65_HS1-834228961_62-HQ-83894_Section_5
Agency: FBI
Page 146
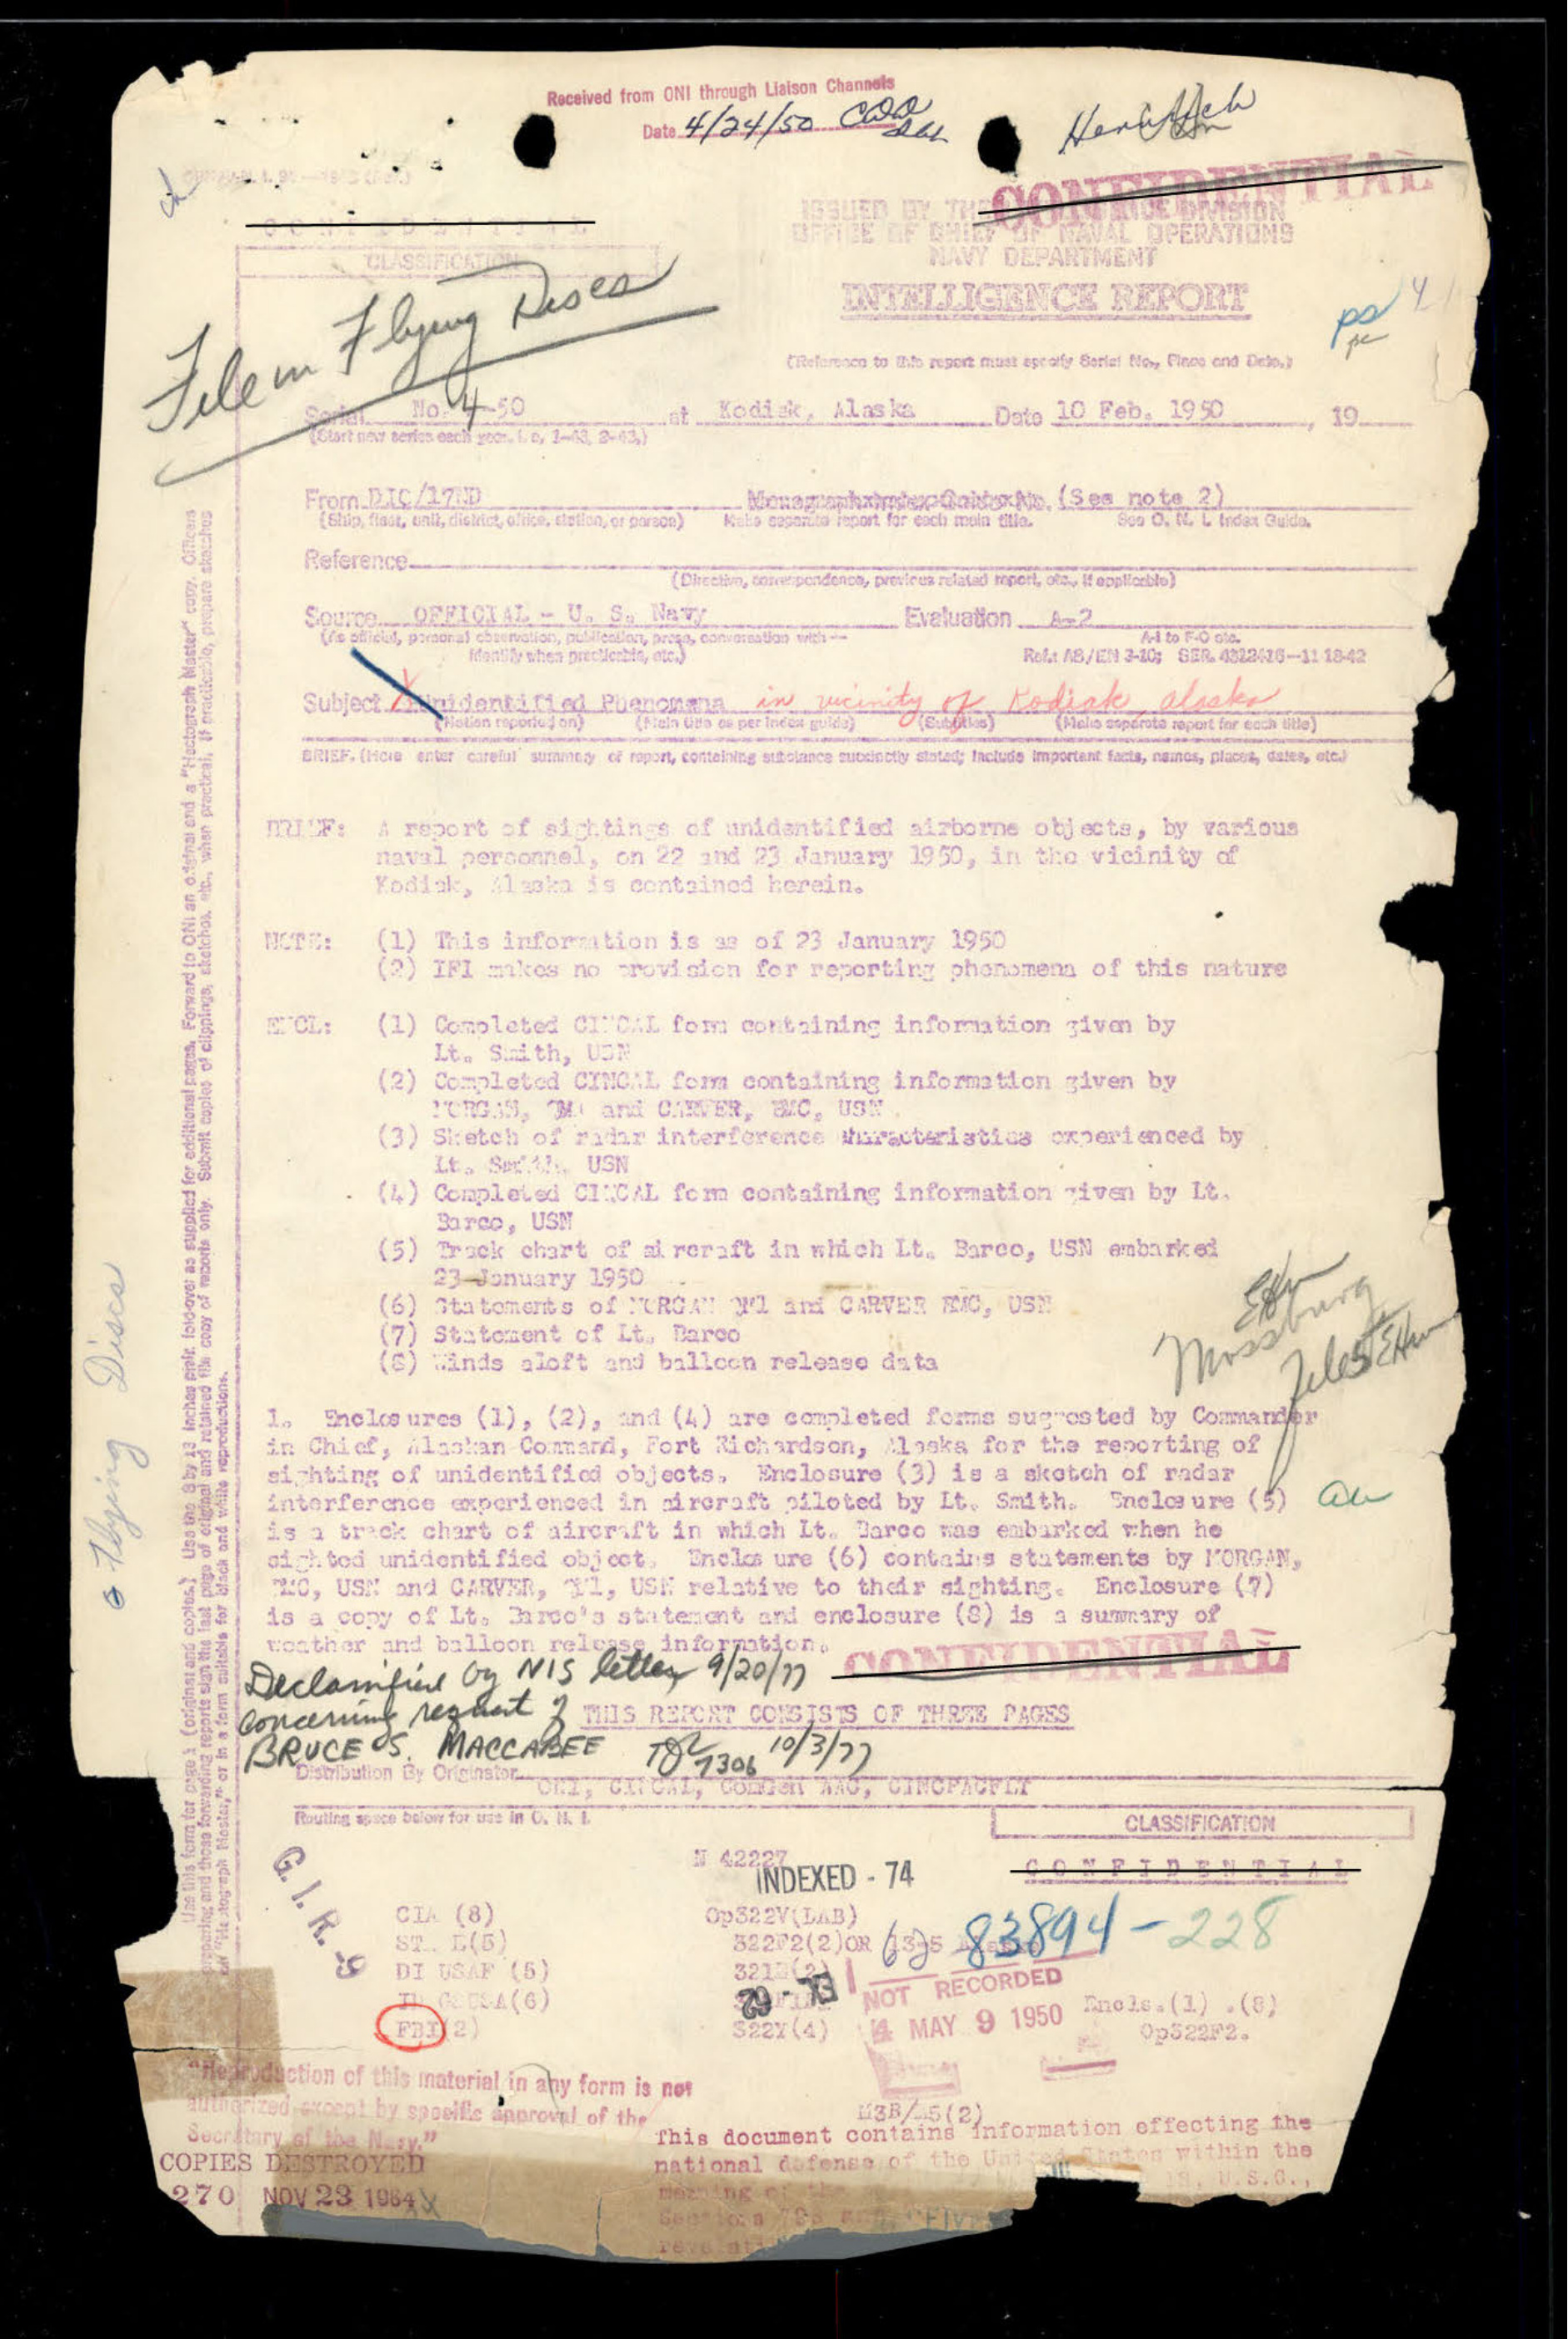